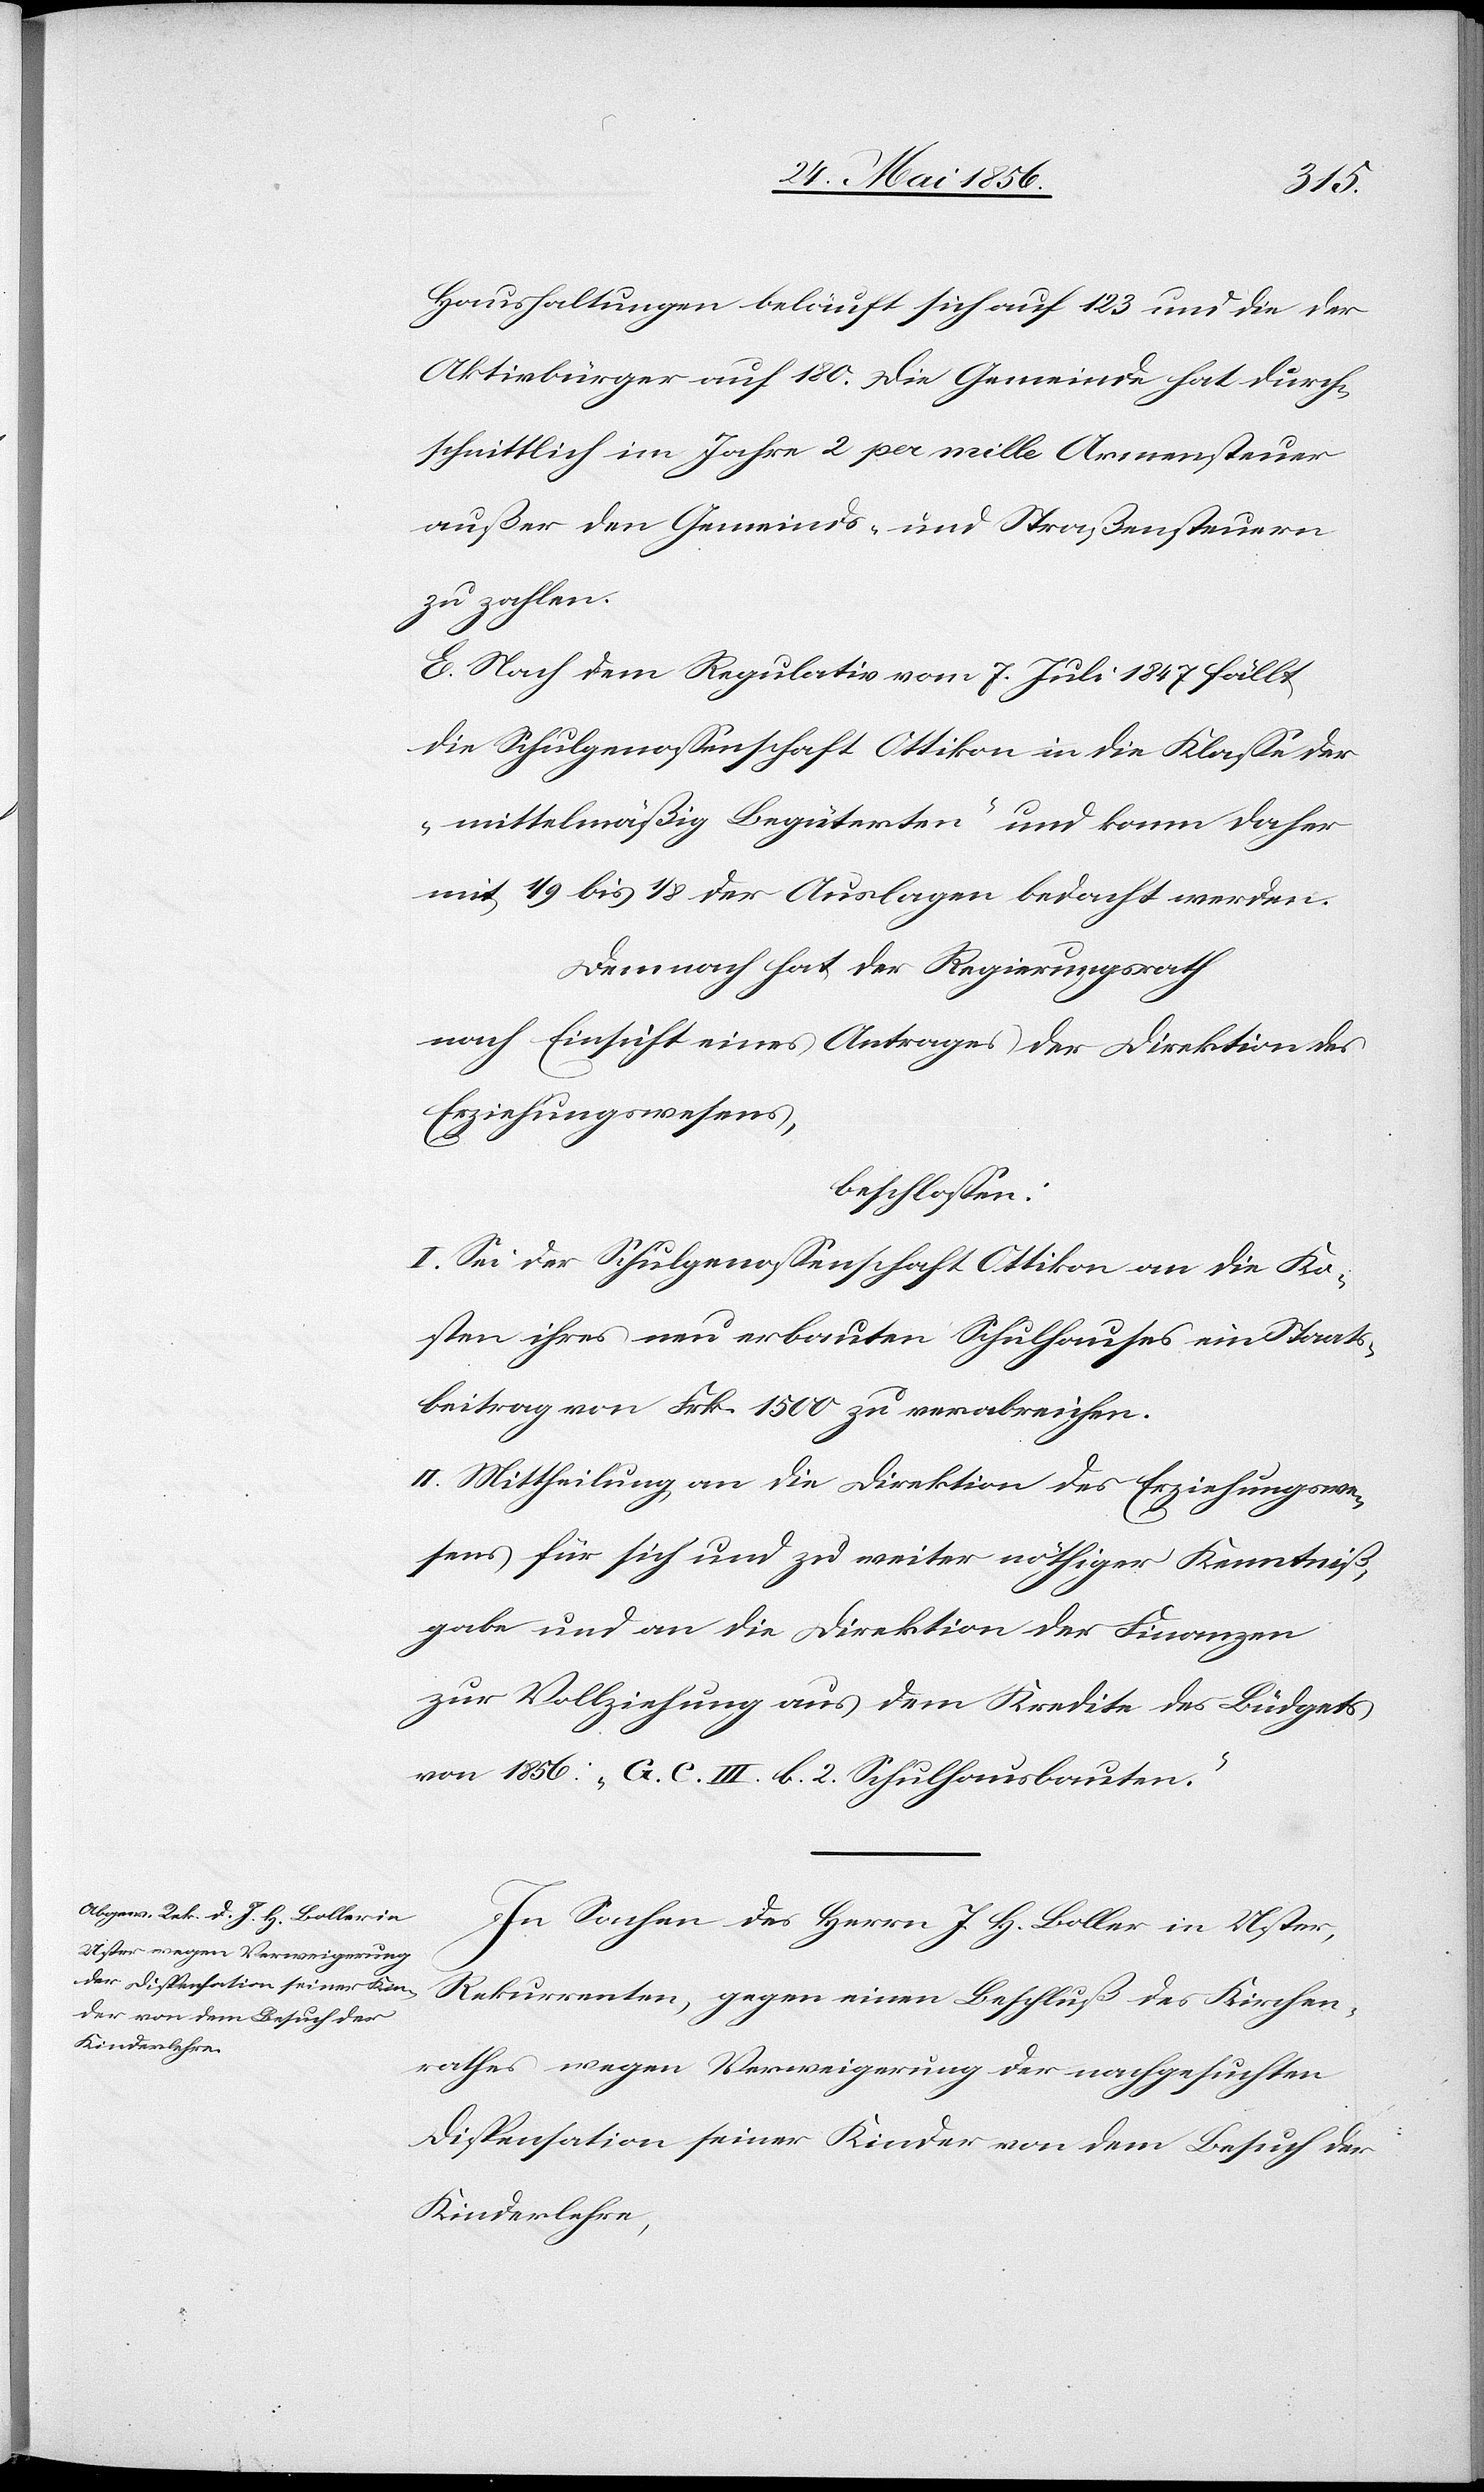
Haushaltungen beläuft sich auf 123 und die der
Aktivbürger auf 180. Die Gemeinde hat durch¬
schnittlich im Jahre 2 per mille Armensteuer
außer den Gemeinds- und Straßensteuern
zu zahlen.
E. Nach dem Regulativ vom 7. Juli 1847 fällt
die Schulgenossenschaft Ottikon in die Klasse der
„mittelmäßig Begüterten“ und kann daher
mit 1/9 bis 1/8 der Auslagen bedacht werden.
Demnach hat der Regierungsrath
nach Einsicht eines Antrages der Direktion des
Erziehungswesens,
beschlossen:
I. Sei der Schulgenossenschaft Ottikon an die Ko¬
sten ihres neu erbauten Schulhauses ein Staats¬
beitrag von Frk. 1500 zu verabreichen.
II. Mittheilung an die Direktion des Erziehungswe¬
sens für sich und zu weiter nöthiger Kenntniß¬
gabe und an die Direktion der Finanzen
zur Vollziehung aus dem Kredite des Büdgets
von 1856: „G. C. III. b. 2. Schulhausbauten“.
In Sachen des Herrn J. H. Boller in Uster,
Rekurrenten, gegen einen Beschluß des Kirchen¬
rathes wegen Verweigerung der nachgesuchten
Dispensation seiner Kinder von dem Besuch der
Kinderlehre,